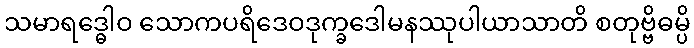
သမာရဒ္ဓေါဝ သောကပရိဒေဝဒုက္ခဒေါမနဿုပါယာသာတိ စတုဗ္ဗိဓမ္ပိ